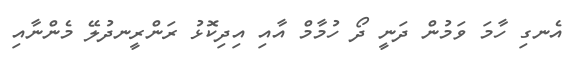
އެނގި ހާމަ ވަމުން ދަނީ ދޯ ހުމާމް އާއި އިދިކޮޅު ރަންރީނދުލޭ މެންނާއި